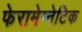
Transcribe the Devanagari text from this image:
फेरामेग्नेटिक